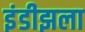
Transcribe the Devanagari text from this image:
इंडीझला